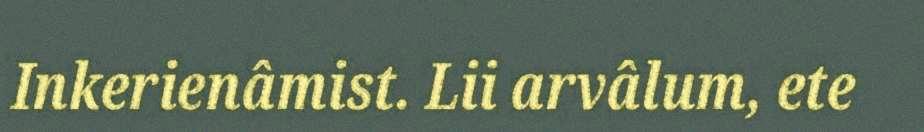
Inkerienâmist. Lii arvâlum, ete